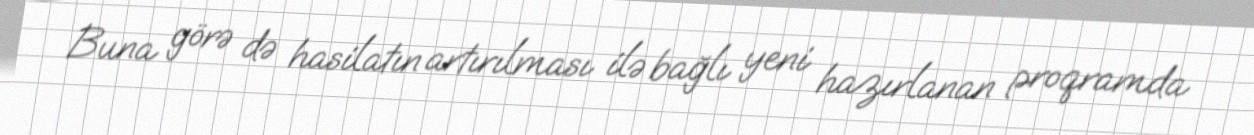
Buna görə də hasilatın artırılması ilə bağlı yeni hazırlanan proqramda